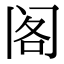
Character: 阁